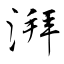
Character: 湃